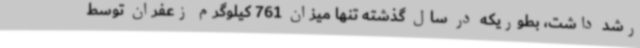
رشد داشت، بطوریکه در سال گذشته تنها میزان 761 کیلوگرم زعفران توسط